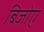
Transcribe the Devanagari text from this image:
बिजोए